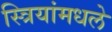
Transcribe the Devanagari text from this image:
स्त्रियांमधले